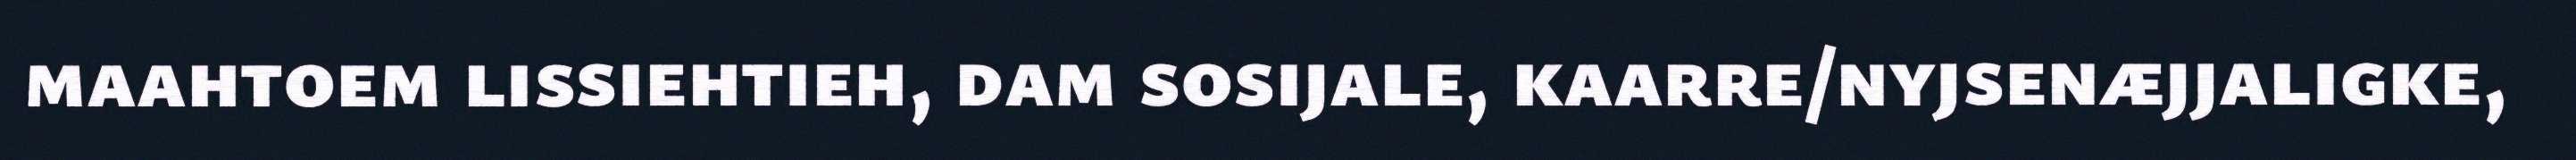
maahtoem lissiehtieh, dam sosijale, kaarre/nyjsenæjjaligke,